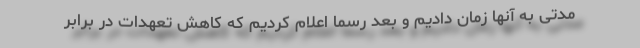
مدتی به آنها زمان دادیم و بعد رسما اعلام کردیم که کاهش تعهدات در برابر